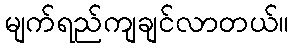
မျက်ရည်ကျချင်လာတယ်။